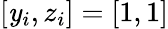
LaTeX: [\mathit{y}_{i},z_{i}]=[1,1]